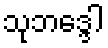
သုဘဒ္ဒေါ